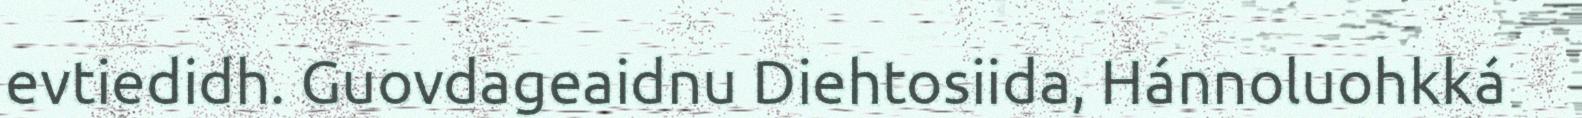
evtiedidh. Guovdageaidnu Diehtosiida, Hánnoluohkká